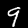
Label: 9